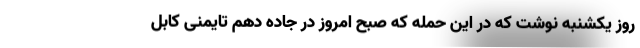
روز یکشنبه نوشت که در این حمله که صبح امروز در جاده دهم تایمنی کابل